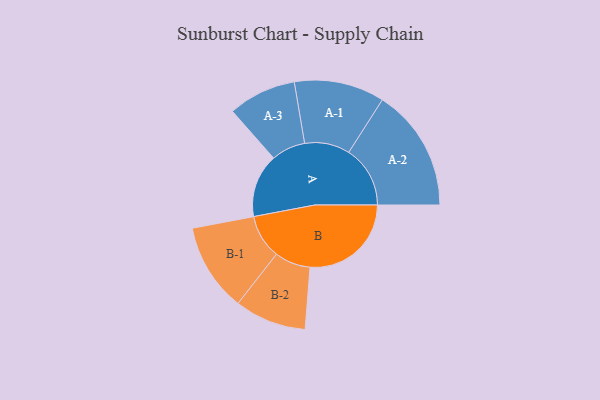
{"axis": {"x": "Segment", "y": "Value"}, "legend": ["", "A", "B"], "data": [{"x": "A", "y": 246, "type": ""}, {"x": "B", "y": 392, "type": ""}, {"x": "A-1", "y": 175, "type": "A"}, {"x": "A-2", "y": 238, "type": "A"}, {"x": "A-3", "y": 132, "type": "A"}, {"x": "B-1", "y": 171, "type": "B"}, {"x": "B-2", "y": 139, "type": "B"}]}